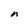
Character: n